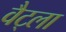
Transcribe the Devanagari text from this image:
वैट्ला